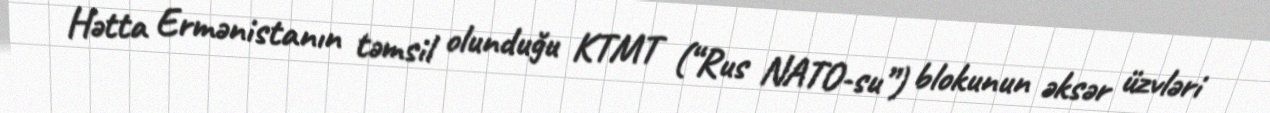
Hətta Ermənistanın təmsil olunduğu KTMT (“Rus NATO-su”) blokunun əksər üzvləri